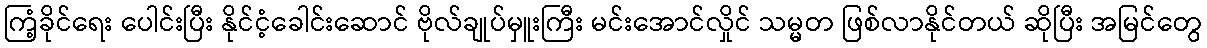
ကြံ့ခိုင်ရေး ပေါင်းပြီး နိုင်ငံ့ခေါင်းဆောင် ဗိုလ်ချုပ်မှူးကြီး မင်းအောင်လှိုင် သမ္မတ ဖြစ်လာနိုင်တယ် ဆိုပြီး အမြင်တွေ